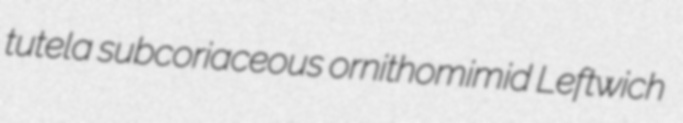
tutela subcoriaceous ornithomimid Leftwich